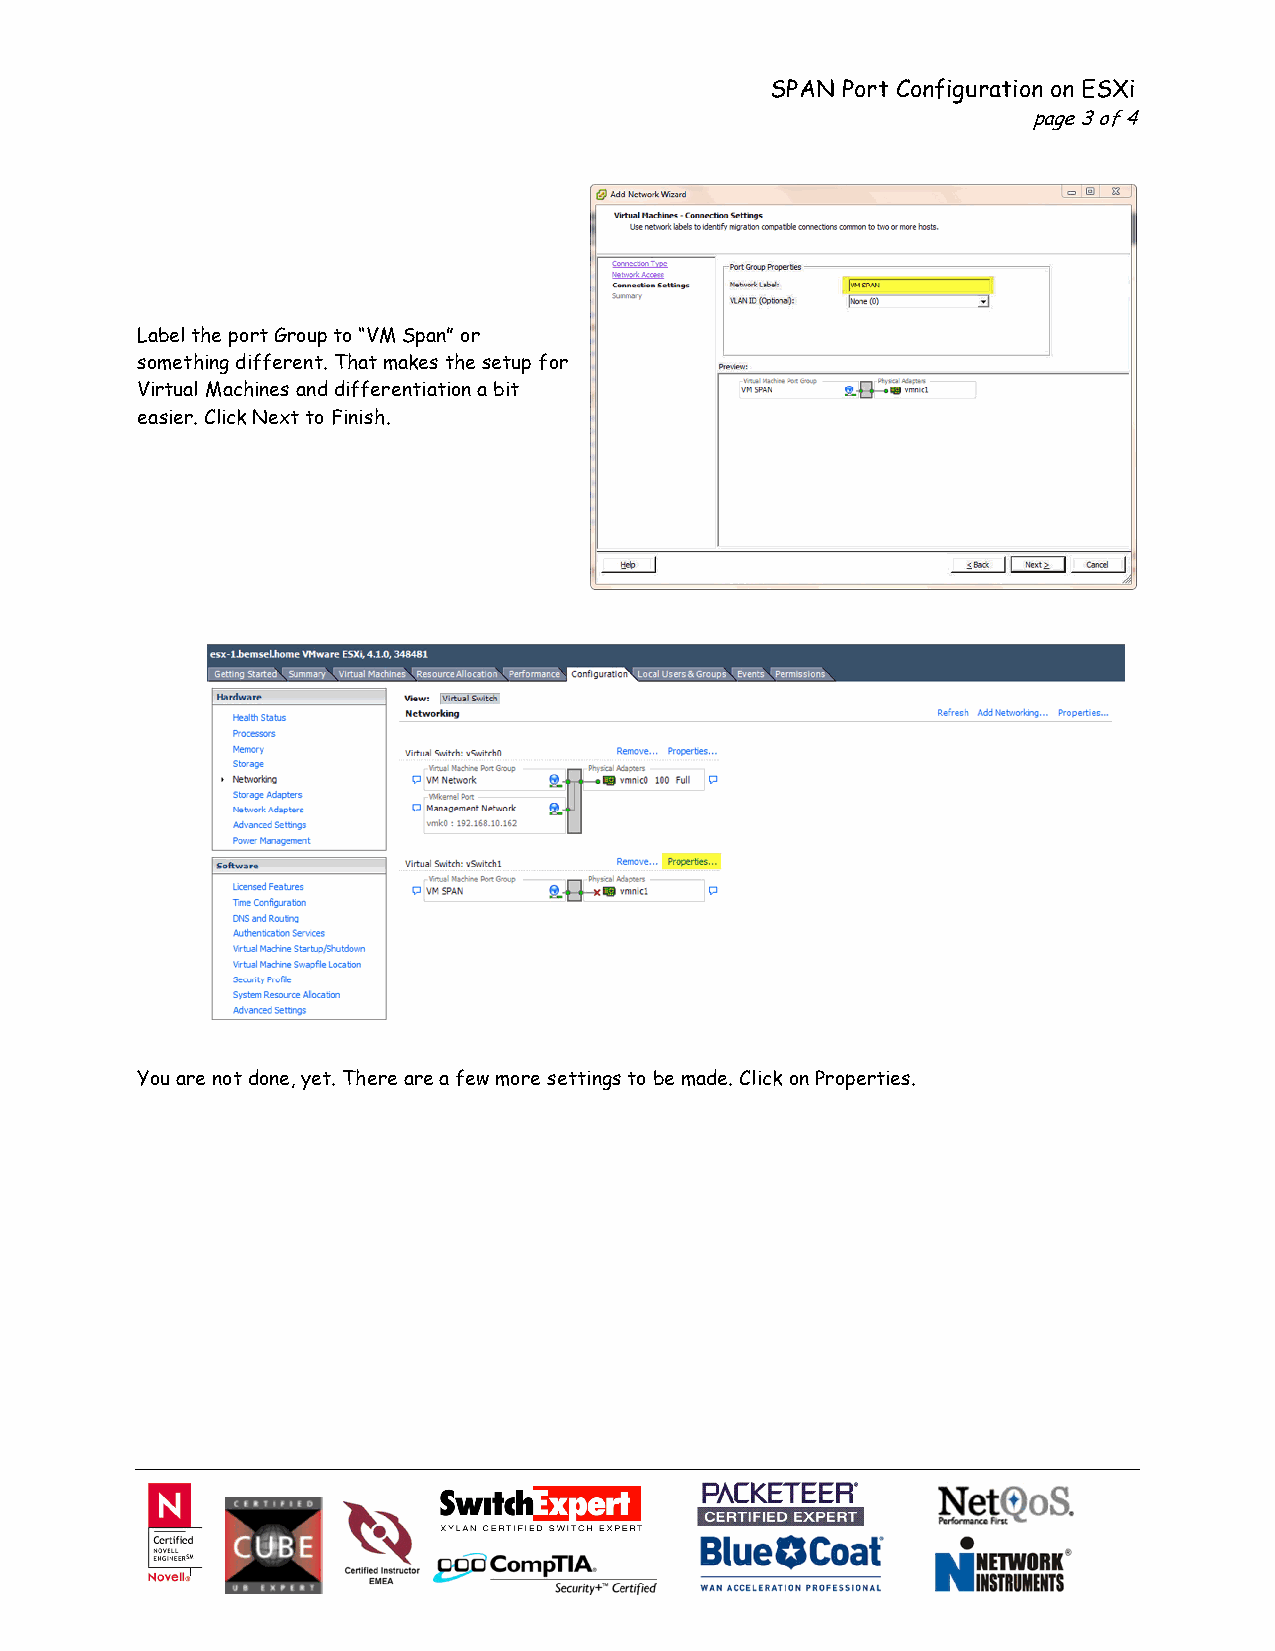
SPAN Port Configuration on ESXi
 page 3 of 4
 Label the port Group to “VM Span” or
 something different. That makes the setup for
 Virtual Machines and differentiation a bit
 easier. Click Next to Finish.
 You are not done, yet. There are a few more settings to be made. Click on Properties.